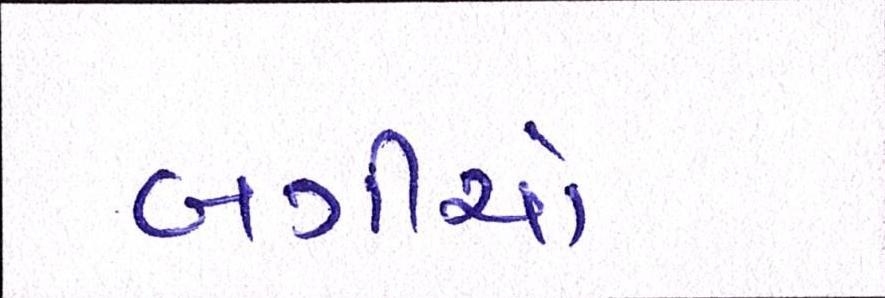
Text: બગીઓ